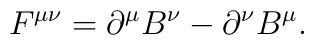
F^{\mu \nu} = \partial ^ \mu B^\nu - \partial^\nu B^\mu.